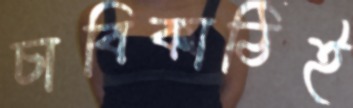
চাবিকাঠিই